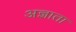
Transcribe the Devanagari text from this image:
अज्ञाता